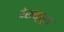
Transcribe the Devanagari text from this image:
वेराक्रूस